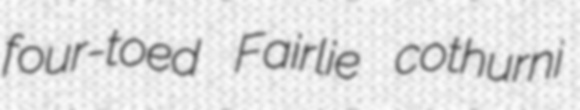
four-toed Fairlie cothurni